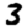
Digit: 3